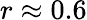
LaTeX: r\approx 0.6